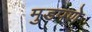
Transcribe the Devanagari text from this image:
मुडपणे